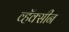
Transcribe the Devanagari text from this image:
व्हॅक्सीन